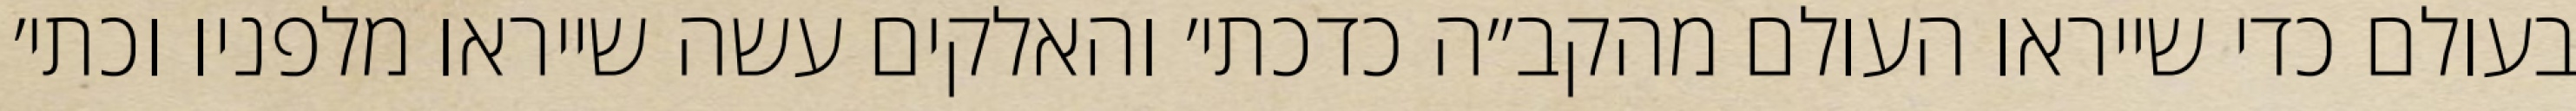
בעולם כדי שייראו העולם מהקב״ה כדכתי׳ והאלקים עשה שייראו מלפניו וכתי׳